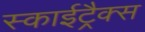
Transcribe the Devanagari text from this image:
स्काईट्रैक्स